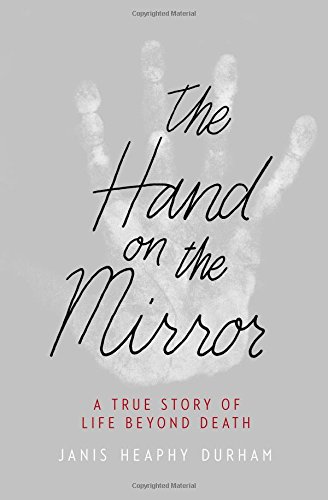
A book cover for The Hand on the Mirror: A True Story of Life Beyond Death; Janis Heaphy Durham; Religion & Spirituality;